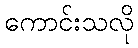
ကောင်းသလို